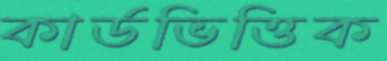
কার্ডভিত্তিক